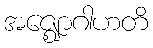
အဇ္ဈောဂါဟတိ